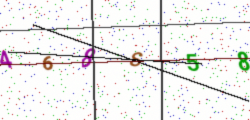
Text: 468S58